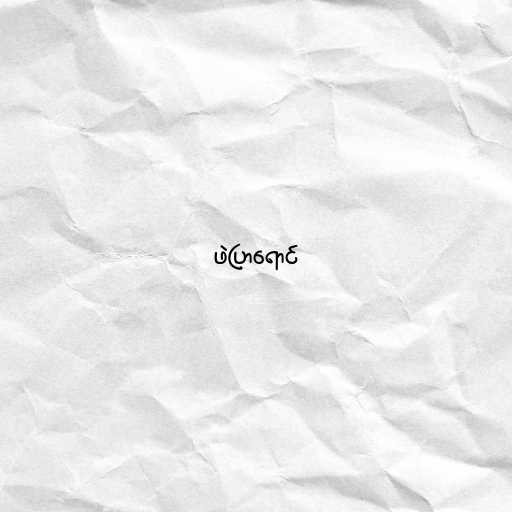
ဖဲပြာရောင်